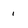
Character: 1